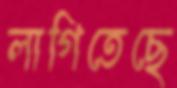
লাগিতেছে